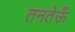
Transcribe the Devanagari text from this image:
तनतेऊँ